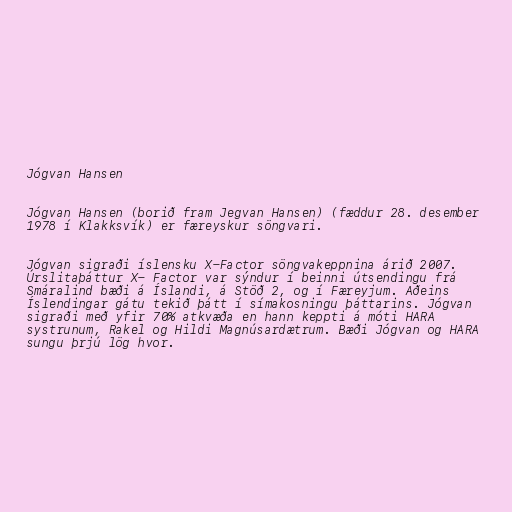
Jógvan Hansen

Jógvan Hansen (borið fram Jegvan Hansen) (fæddur 28. desember
1978 í Klakksvík) er færeyskur söngvari.

Jógvan sigraði íslensku X-Factor söngvakeppnina árið 2007.
Úrslitaþáttur X- Factor var sýndur í beinni útsendingu frá
Smáralind bæði á Íslandi, á Stöð 2, og í Færeyjum. Aðeins
Íslendingar gátu tekið þátt í símakosningu þáttarins. Jógvan
sigraði með yfir 70% atkvæða en hann keppti á móti HARA
systrunum, Rakel og Hildi Magnúsardætrum. Bæði Jógvan og HARA
sungu þrjú lög hvor.